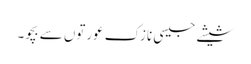
شیشے جیسی نازک عورتوں سے بچو۔